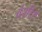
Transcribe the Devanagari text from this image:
वंशी।